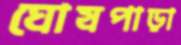
ঘোষপাড়া